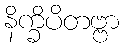
နိက္ခိပိတဗ္ဗာ